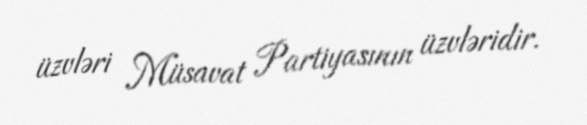
üzvləri Müsavat Partiyasının üzvləridir.